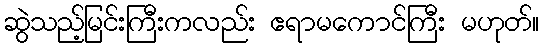
ဆွဲသည့်မြင်းကြီးကလည်း ဧရာမကောင်ကြီး မဟုတ်။